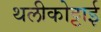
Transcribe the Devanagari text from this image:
थलीकोट्टाई